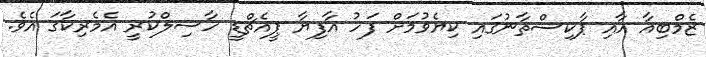
ޒެމްބިއާ އާއި ޕާކިސްތާނުގައި ކިޔެވުމަށް ފަހު އާފިޔާ ޕީއެޗްޑީ ހާސިލްކުރީ އެމެރިކާގަ އެވެ.